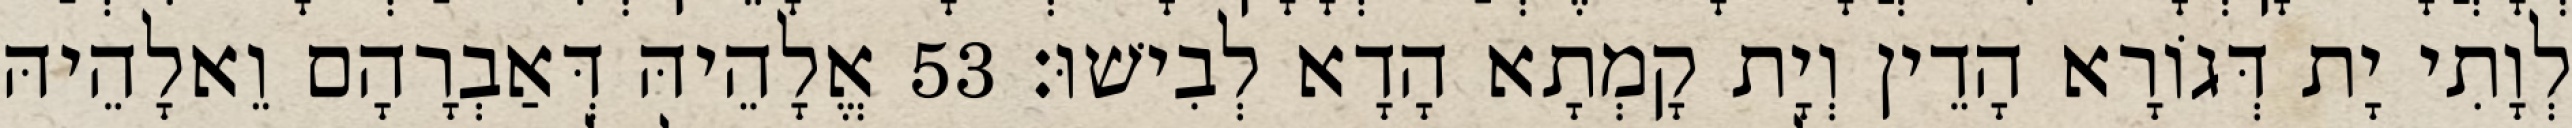
לְוָתִי יָת דְּגוֹרָא הָדֵין וְיָת קָמְתָא הָדָא לְבִישׁוּ׃ 53 אֱלָהֵיהּ דְּאַבְרָהָם וֵאלָהֵיהּ